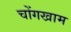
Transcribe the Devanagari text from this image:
चोंगखाम